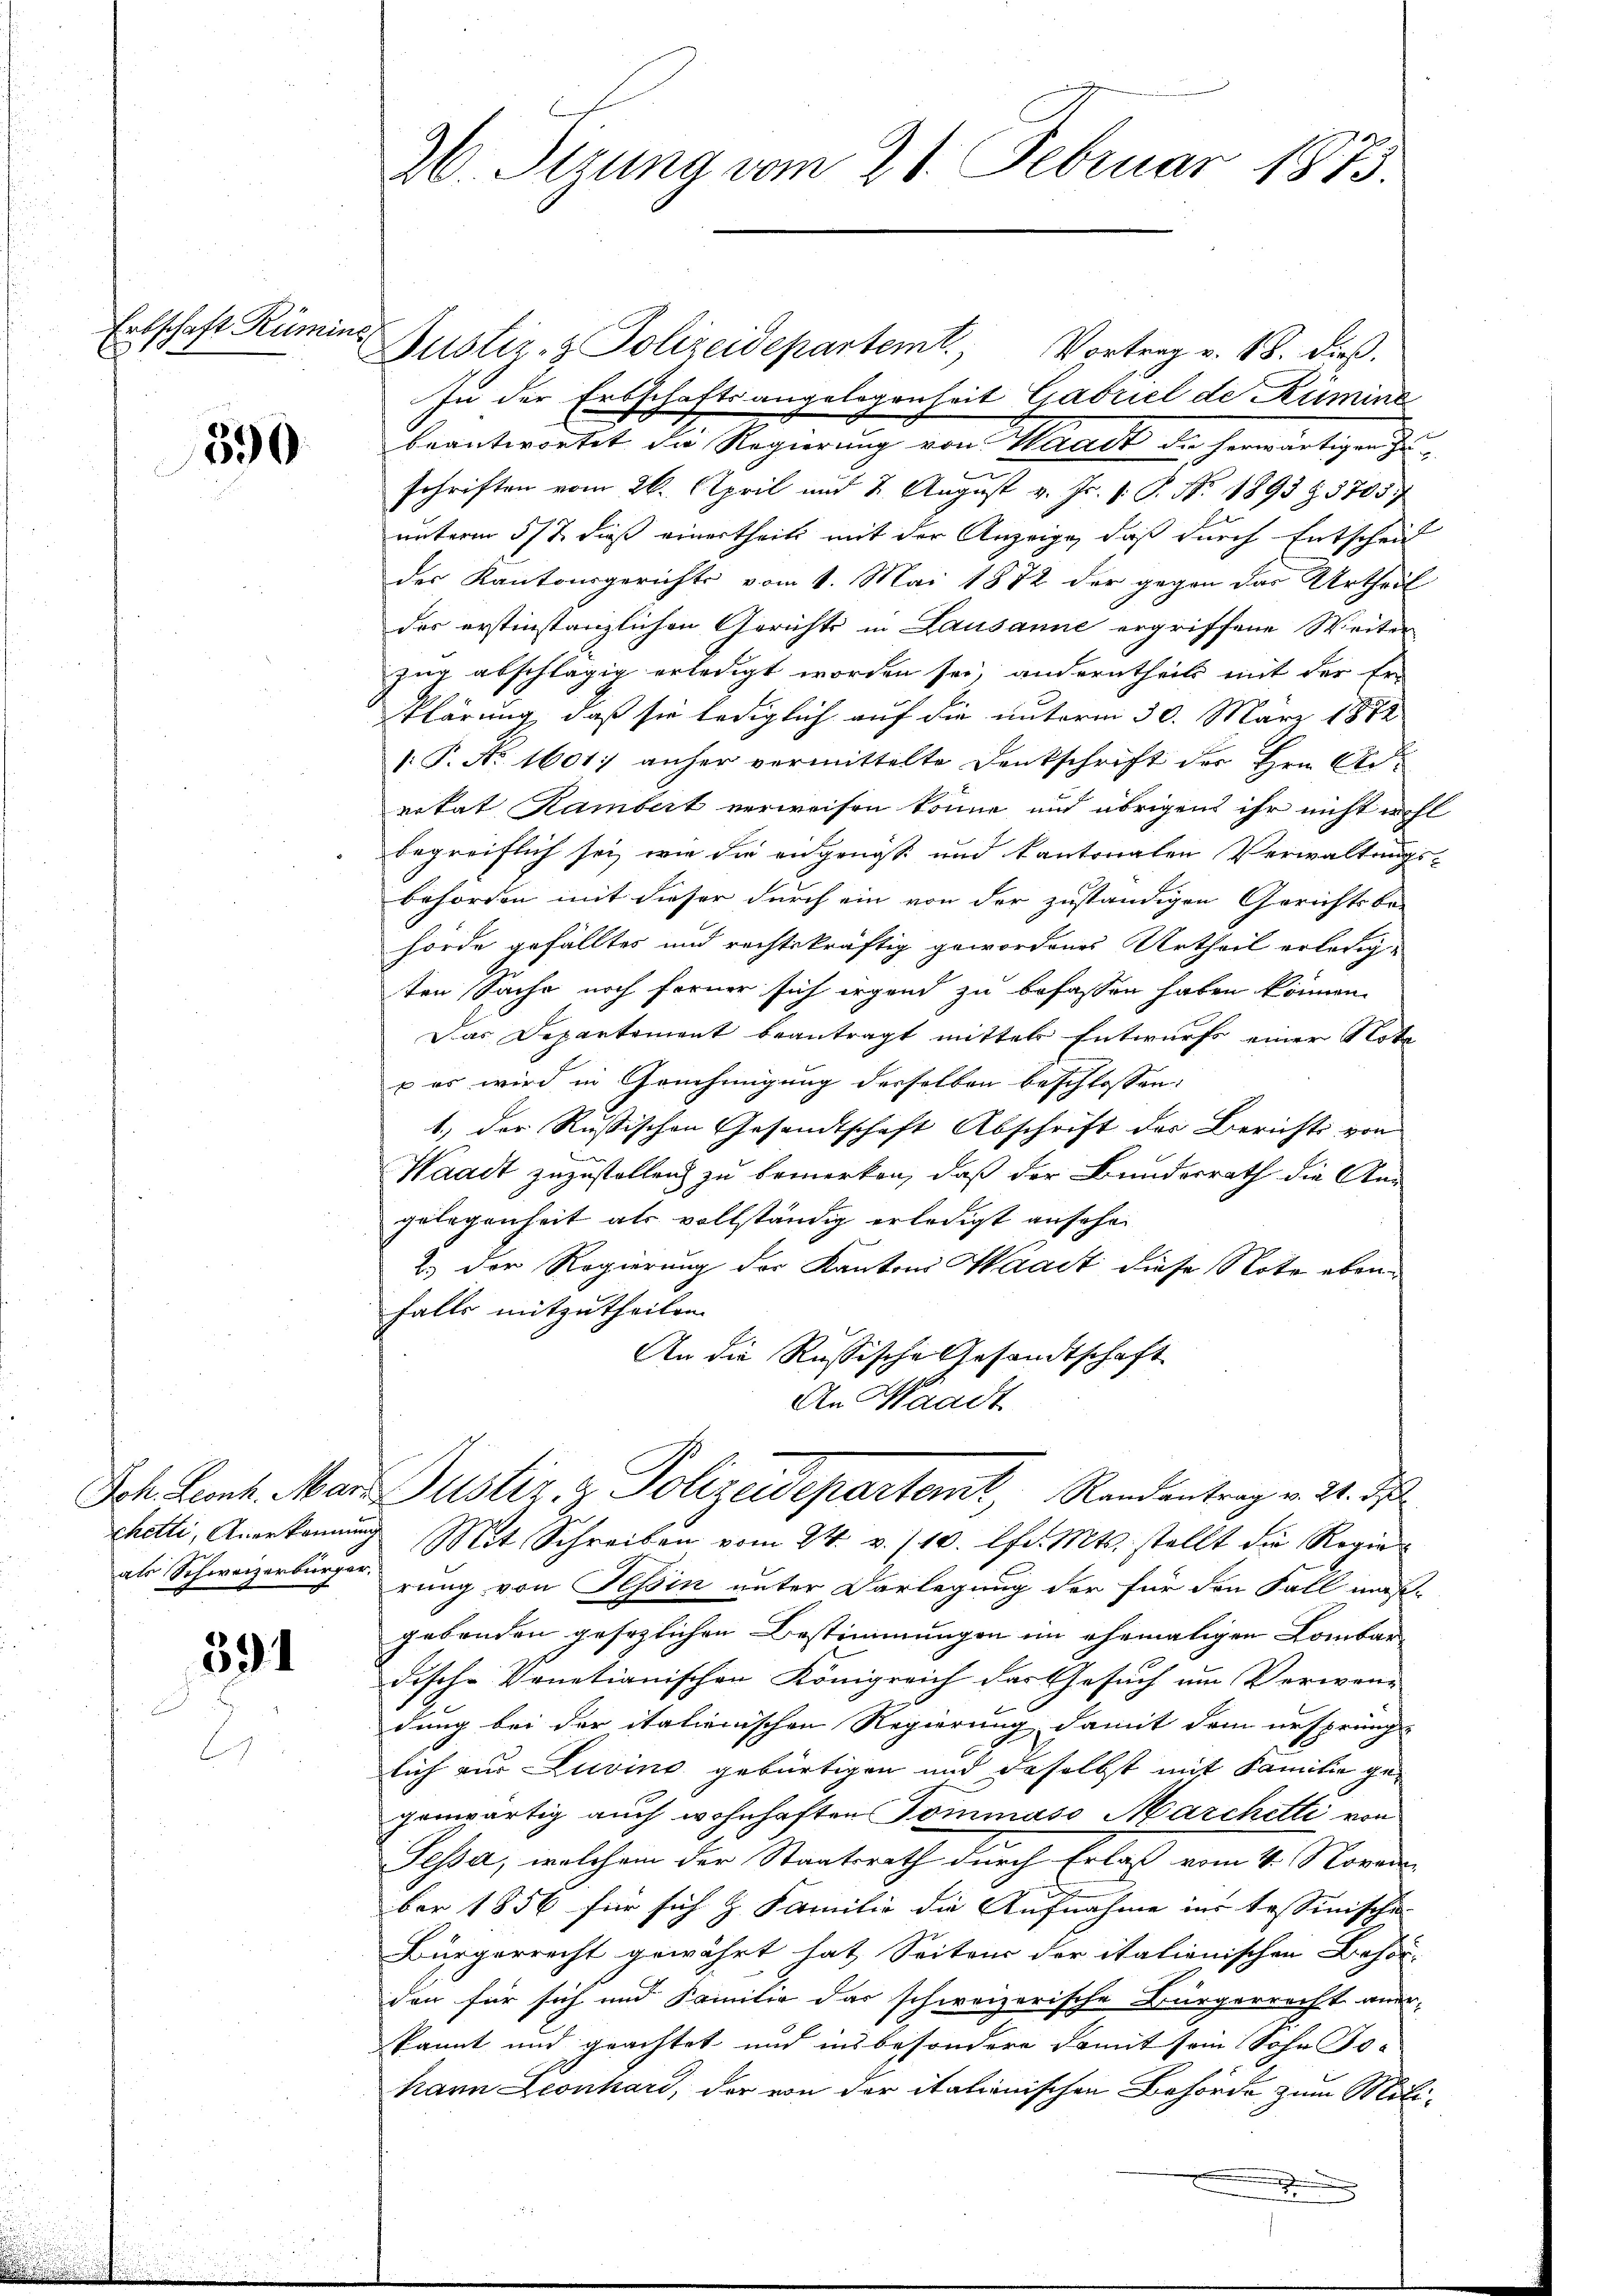
Erbschaft Rümine

390

591

Justiz- & Polizeidepartemt. Vortrag v. 18. dieß.
In der Erbschaftsangelegenheit Gabriel de Kümine
beantwortet die Regierung von Waadt de herwärtigen Zuschriften vom 26. April und 2. August v. Js. v. P. Nr. 1893 Z. 3705
unterm 5t. dieß einertheilt mit der Anzeige, daß durch Entscheid
der Kantonsgerichts vom 1. Mai 1872 der gegen der Urtheil
der erstinstanzlichen Gerichts in Lausanne ergriffene Weiter
zur abschlägig erledigt worden sei, anderntheils mit der Er-
Klärung, daß sie lediglich auf die unterm 30. März 1872
[.P. No. 1601 anher vermittelte Denkschrift der Hrn. Advokat Rambert verweisen könne und übrigens ihr nicht wohl
begreiflich sei, wie die eidgenössi und kantonalen Verwaltungs-
behörden mit dieser durch ein von der zuständigen Gerichtsbe-
hörde gefälltes und rechtskräftig gewordenes Urtheil erledigten Sache noch ferner sich irgend zu befassen haben können.
Das Departement beantragt mittels Entwurfs einer Note
 es wird in Genehmigung derselben beschlossen:
1.) Der Russischen Gesandtschaft Abschrift der Berichts von
Waadt zuzustellen zu bemerken, daß der Bundesrath die An
gelegenheit als vollständig erledigt ansehen
2.) Der Regierung der Kantons Waadt diese Note ebenfalls mitzutheilen.
An die Russische Gesandtschaft
An Waadt
Sch. Leonh. Mar. Justiz & Polizeidepartemt, Randentrag v. 24. ds
chetti, Anerkennung Mit Schreiben vom 24. v. 110. lfd. Mts. stellt die Regieals Schweizerbürger zung von Tessin unter Darlegung der für den Fall maß-
gebenden gesezlichen Bestimmungen im ehemaligen Lombar-
dische Venetianischen Königreich der Gesuch um Verwand
dung bei der italienischen Regierung damit dem ursprüng- |
lich zur Zuvino gebürtigen und daselbst mit Familie gegenwärtig auch wohnhaften Tommaso Marchetti von
Fessa, welchem der Staatsrath durch Erlaß vom 4. Novem
ber 1856 für sich & Familie die Aufnahme in tessinischen
Bürgerrecht gewährt hat, Seitens der itationischen Behör-
den für sich und Familie das schweizerische Bürgerrecht aner-
kannt und grachtet und insbesondere damit sein Sohn Johann Leonhard, der von der itationischen Behörde zum Milix

36. Sizung vom 21. Februar 1873.